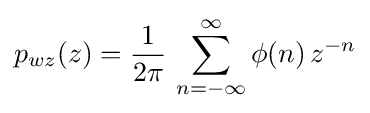
p_{wz}(z)={\frac {1}{2\pi }}\,\sum _{n=-\infty }^{\infty }\phi (n)\,z^{-n}